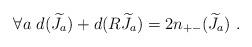
LaTeX: \begin{align*} \forall a~d({\widetilde J}_a)+d(R{\widetilde J}_a)=2n_{+-}({\widetilde J}_a)~.\end{align*}